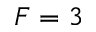
F = 3